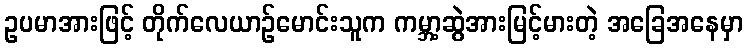
ဥပမာအားဖြင့် တိုက်လေယာဉ်မောင်းသူက ကမ္ဘာ့ဆွဲအားမြင့်မားတဲ့ အခြေအနေမှာ